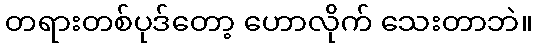
တရားတစ်ပုဒ်တော့ ဟောလိုက် သေးတာဘဲ။